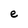
Character: e